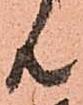
共